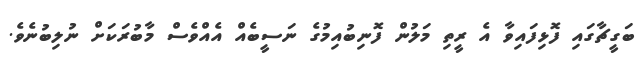
ބަގީޗާގައި ފޮޅިފައިވާ އެ ރީތި މަލުން ފޮނިބުއިމުގެ ނަސީބެއް އެއްވެސް މާބުރަކަށް ނުލިބުނެވެ.